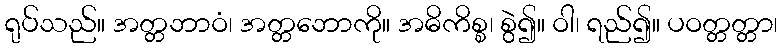
ရုပ်သည်။ အတ္တဘာဝံ၊ အတ္တဘောကို။ အဓိကိစ္စ၊ စွဲ၍။ ဝါ၊ ရည်၍။ ပဝတ္တတ္တာ၊